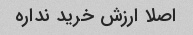
اصلا ارزش خرید نداره